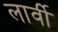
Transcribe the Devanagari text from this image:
लार्वी